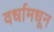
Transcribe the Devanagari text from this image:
वर्धामधून